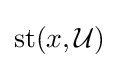
\operatorname {st} (x,{\mathcal {U}})